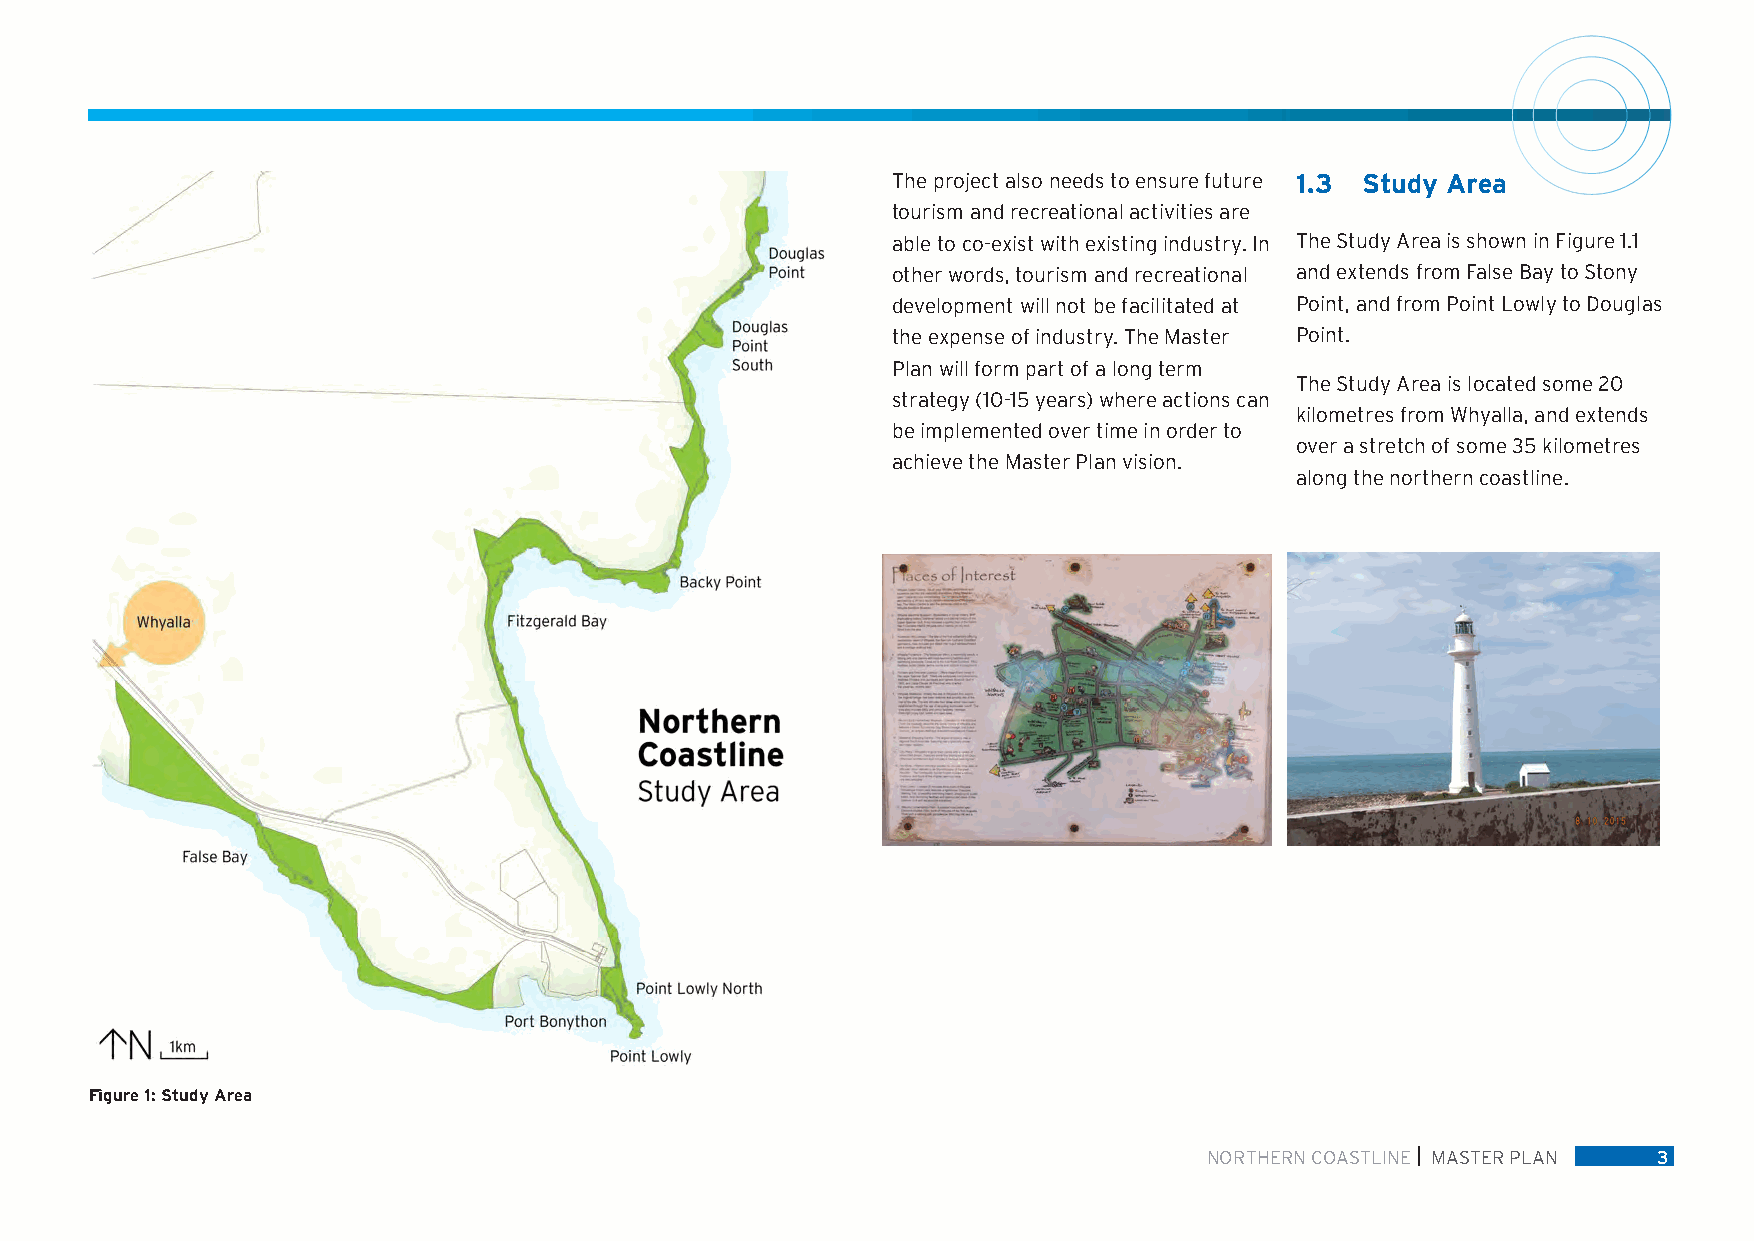
The project also needs to ensure future 1.3 Study Area
 tourism and recreational activities are
 able to co-exist with existing industry. In The Study Area is shown in Figure 1.1
 other words, tourism and recreational and extends from False Bay to Stony
 development will not be facilitated at Point, and from Point Lowly to Douglas
 the expense of industry. The Master Point.
 Plan will form part of a long term
 The Study Area is located some 20
 strategy (10-15 years) where actions can
 kilometres from Whyalla, and extends
 be implemented over time in order to
 over a stretch of some 35 kilometres
 achieve the Master Plan vision.
 along the northern coastline.
 Figure 1: Study Area
 NORTHERN COASTLINE MASTER PLAN 3